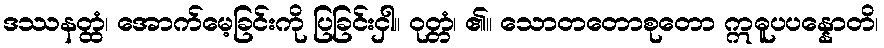
ဒဿနတ္ထံ၊ အောက်မေ့ခြင်းကို ပြခြင်းငှါ။ ဝုတ္တံ၊ ၏။ သောတတောစုတော ဣဓူပပန္နောတိ၊